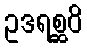
ဥဒရစ္ဆဝိ